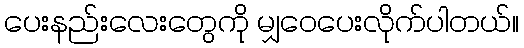
ပေးနည်းလေးတွေကို မျှဝေပေးလိုက်ပါတယ်။